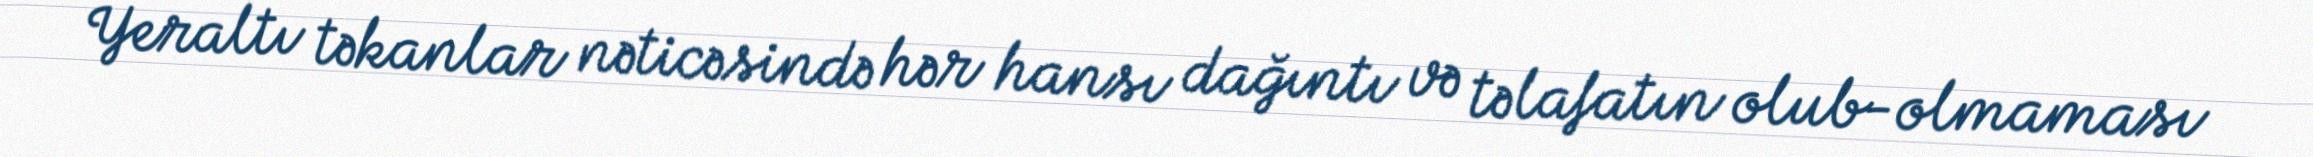
Yeraltı təkanlar nəticəsində hər hansı dağıntı və təlafatın olub-olmaması